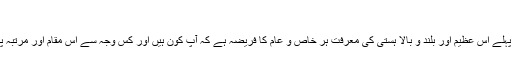
"
لہذا ہر کام سے پہلے اس عظیم اور بلند و بالا ہستی کی معرفت ہر خاص و عام کا فریضہ ہے کہ آپ کون ہیں اور کس وجہ سے اس مقام اور مرتبہ پر فائز ہوئی ہیں۔